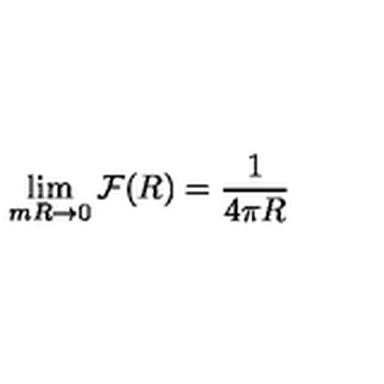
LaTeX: \lim _ { m R \rightarrow 0 } { \cal F } ( R ) = \frac { 1 } { 4 \pi R }